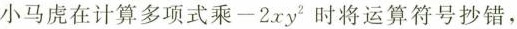
小马虎在计算多项式乘-2xy^{2} 时将运算符号抄错，